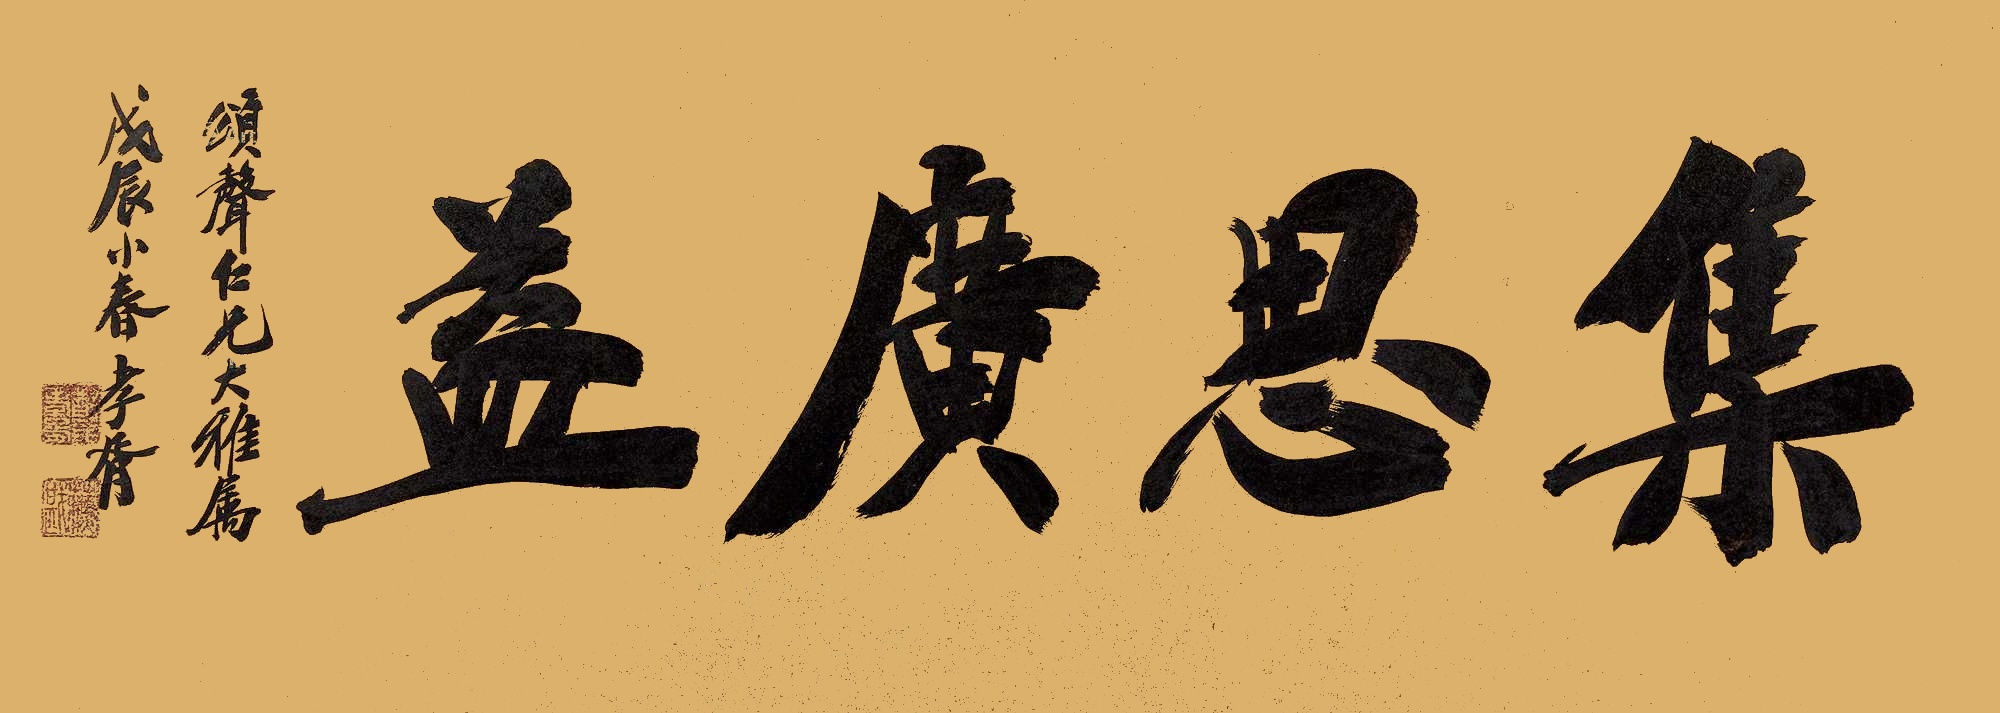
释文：集思广益颂声仁兄大雅属，戊辰小春孝胥。